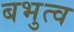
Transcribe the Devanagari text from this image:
बभुत्व